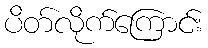
ပိတ်လိုက်ကြောင်း